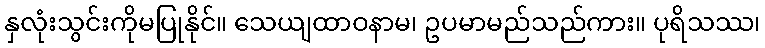
နှလုံးသွင်းကိုမပြုနိုင်။ သေယျထာဝနာမ၊ ဥပမာမည်သည်ကား။ ပုရိသဿ၊